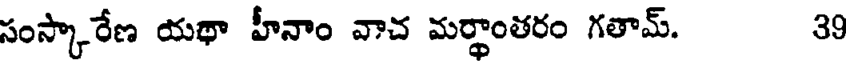
సంస్కారేణ యథా హీనాం వాచ మర్థాంతరం గతామ్. 39